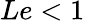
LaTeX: Le<1